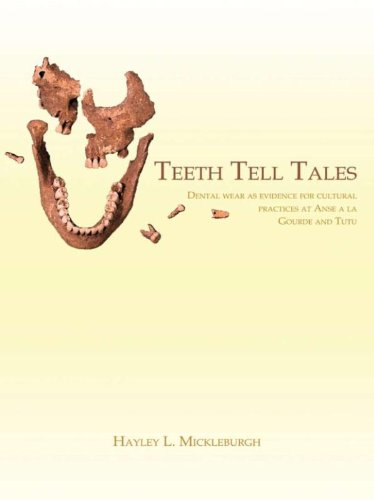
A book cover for Teeth Tell Tales: Dental wear as evidence for cultural practices at Anse a la Gourde and Tutu (Caribbean); Hayley L. Mickleburgh; Medical Books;